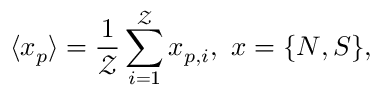
\langle x _ { p } \rangle = \frac { 1 } { \mathcal { Z } } \sum _ { i = 1 } ^ { \mathcal { Z } } x _ { p , i } , \ x = \{ N , S \} ,